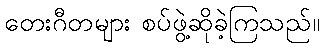
တေးဂီတများ စပ်ဖွဲ့ဆိုခဲ့ကြသည်။